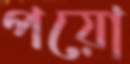
পয়ো